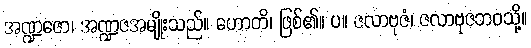
အဏ္ဍဇော၊ အဏ္ဍဇအမျိုးသည်။ ဟောတိ၊ ဖြစ်၏။ ပ။ ဇလာဗုဇံ၊ ဇလာဗုဇဘဝသို့။